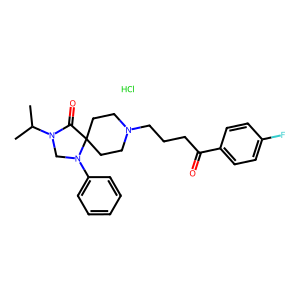
SMILES: CC(C)N1CN(c2ccccc2)C2(CCN(CCCC(=O)c3ccc(F)cc3)CC2)C1=O.Cl
Inhibits HIV replication: No